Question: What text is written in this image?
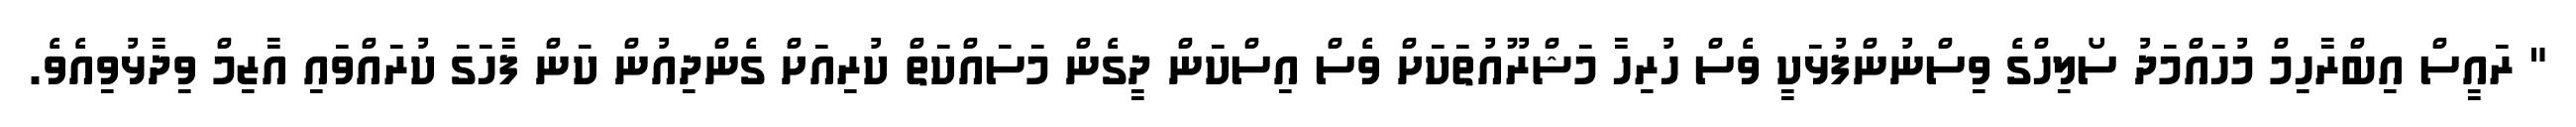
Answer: " ރައީސް އިބްރާހިމް މުހައްމަދު ސޯލިހްގެ ވިސްނުންފުޅަކީ ވެސް ހުރިހާ މަޝްރޫއުތަކަށް ވެސް އިސްކަން ދީގެން މަސައްކަތް ކުރިއަށް ގެންދިއުން ކަން ފާހަގަ ކުރައްވައި އާޒިމް ވިދާޅުވިއެވެ.